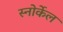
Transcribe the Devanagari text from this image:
स्नोर्केल